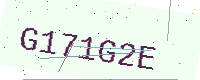
Text: G171G2E